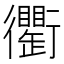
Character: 𧘆